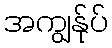
အကျွန်ုပ်